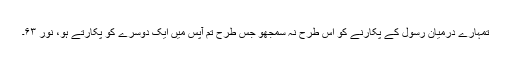
تمہارے درمیان رسول کے پکارنے کو اس طرح نہ سمجھو جس طرح تم آپس میں ایک دوسرے کو پکارتے ہو، نور ۶۳۔